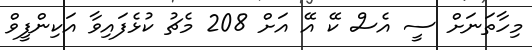
މިހާތަނަށް ސީ އެސް ކޭ އޭ އަށް 208 މެޗު ކުޅެފައިވާ އަކިންފީވް